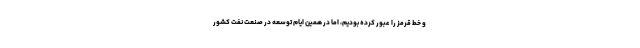
و خط قرمز را عبور کرده بودیم، اما در همین ایام توسعه در صنعت نفت کشور